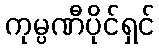
ကုမ္ပဏီပိုင်ရှင်